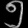
Digit: ၅